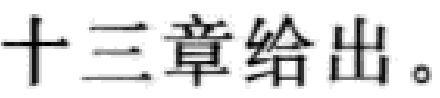
十三章给出。